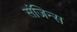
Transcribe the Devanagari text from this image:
संजिन्स